Indian journal of veterinary science and animal husbandry - Volume 2,
Year: 1932
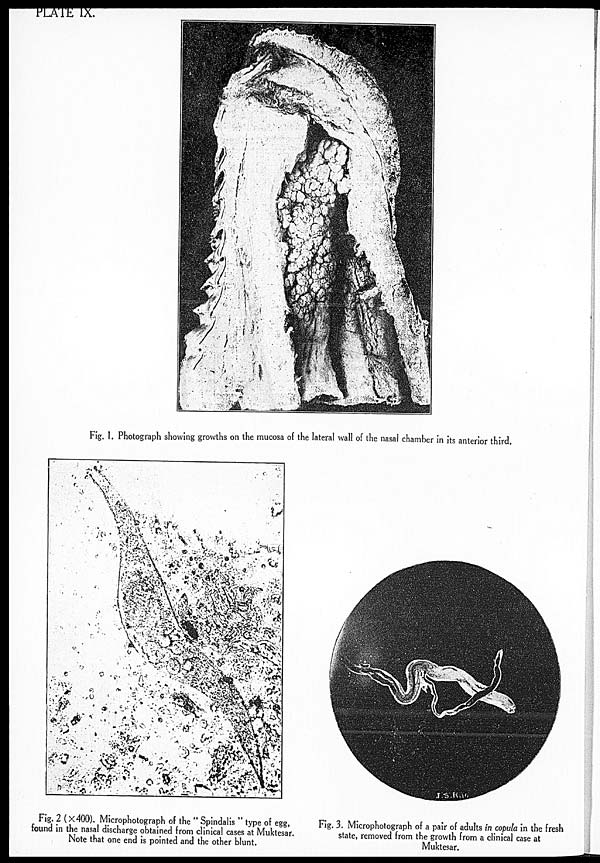
PLATE IX.
Fig. 1. Photograph showing growths on the mucosa of the lateral wall of the nasal chamber in its anterior third.
Fig. 2 (× 400). Microphotograph of the " Spindalis " type of egg,
found in the nasal discharge obtained from clinical cases at Muktesar.
Note that one end is pointed and the other blunt.
Fig. 3. Microphotograph of a pair of adults in copula in the fresh
state, removed from the growth from a clinical case at
Muktesar.